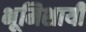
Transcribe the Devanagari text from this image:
भूमिशायी